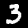
Digit: 3